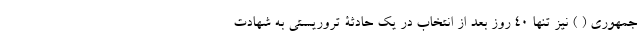
جمهوری ( ) نیز تنها 40 روز بعد از انتخاب در یک حادثۀ تروریستی به شهادت